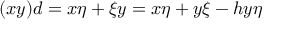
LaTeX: ( x y ) d = x \eta + \xi y = x \eta + y \xi - h y \eta